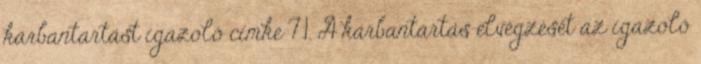
karbantartást igazoló címke 7.1. A karbantartás elvégzését az igazoló